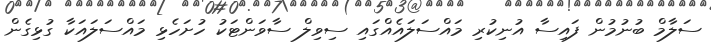
ސަލާމް ބުނުމުން ފައިސާ އުނިކުރި މައްސަލައެއްގައި ސިވިލް ސާވަންޓަކު ހުށަހެޅި މައްސަލައަކާ ގުޅިގެން